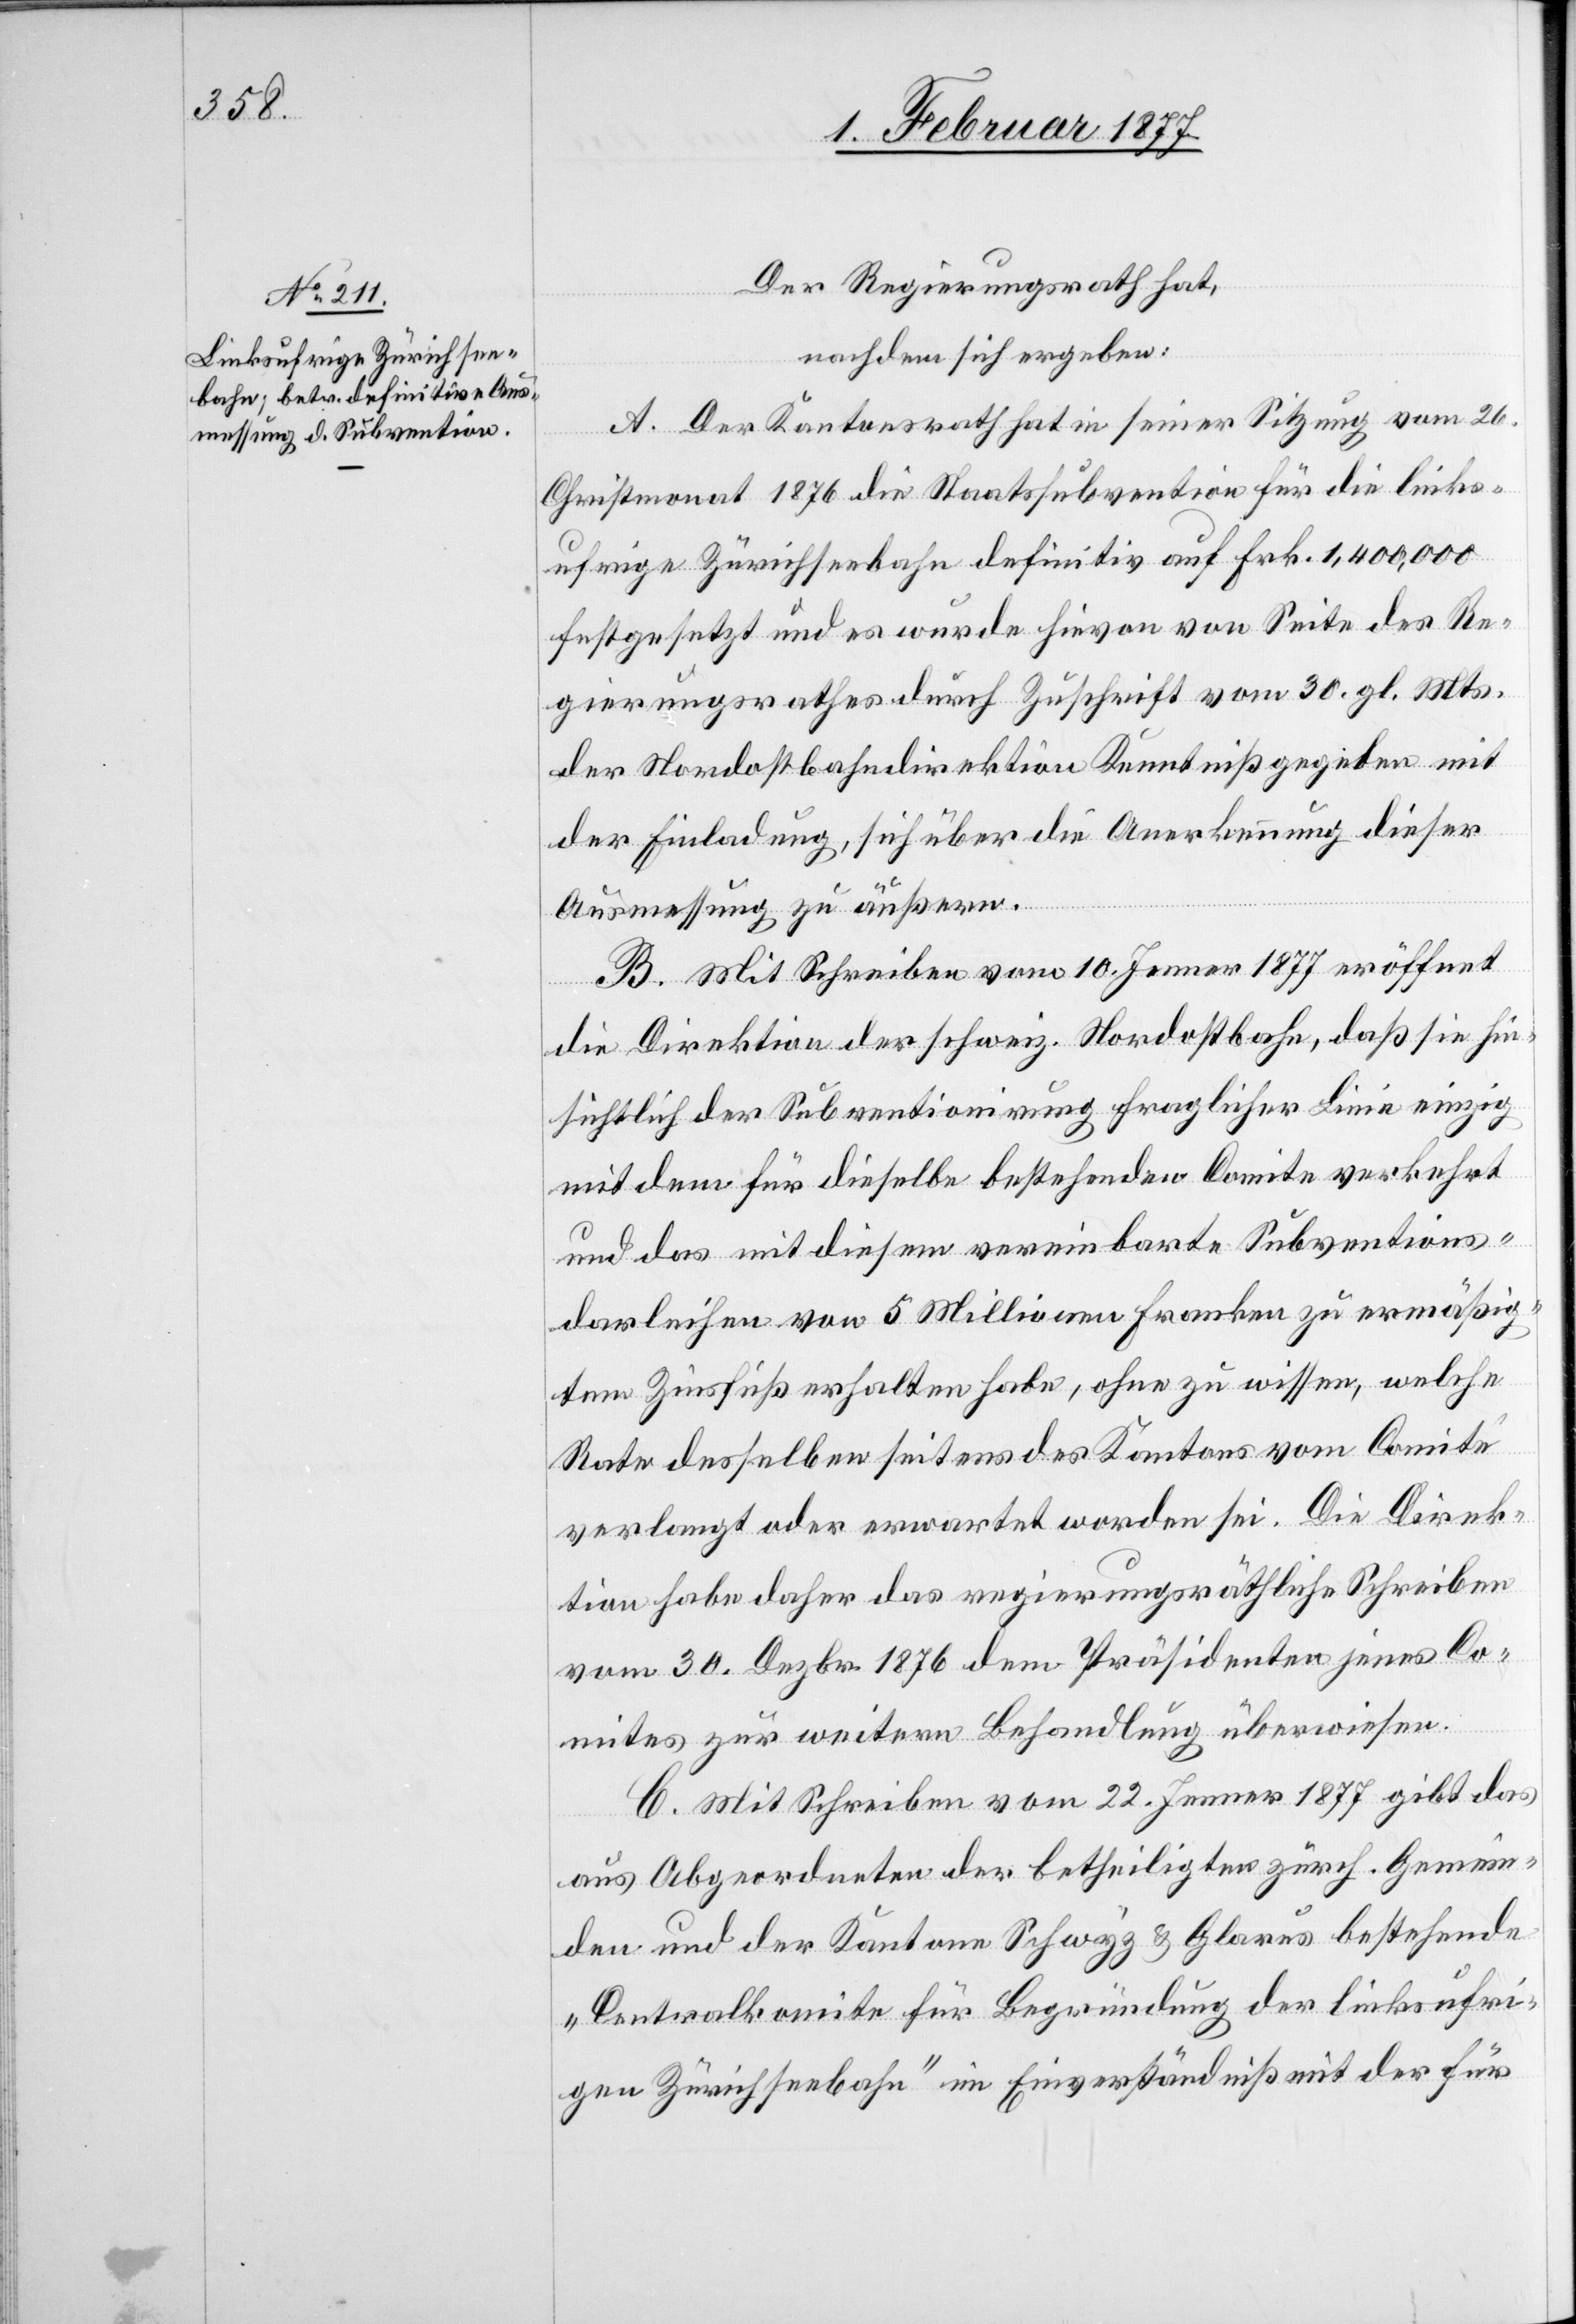
Der Regierungsrath hat,
nachdem sich ergeben:
A. Der Kantonsrath hat in seiner Sitzung vom 26.
Christmonat 1876 die Staatssubvention für die links¬
ufrige Zürichseebahn definitiv auf Frk. 1,400,000
festgesetzt und es wurde hievon von Seite des Re¬
gierungsrathes durch Zuschrift vom 30. gl. Mts.
der Nordostbahndirektion Kenntniß gegeben mit
der Einladung, sich über die Anerkennung dieser
Ausmessung zu äußern.
B. Mit Schreiben vom 10. Jenner 1877 eröffnet
die Direktion der schweiz. Nordostbahn, daß sie hin¬
sichtlich der Subventionirung fraglicher Linie einzig
mit dem für dieselbe bestehenden Comite verkehrt
und das mit diesem vereinbarte Subventions¬
darleihen von 5 Millionen Franken zu ermäßig¬
tem Zinsfuß erhalten habe, ohne zu wissen, welche
Rate desselben seitens des Kantons vom Comite
verlangt oder erwartet worden sei. Die Direk¬
tion habe daher das regierungsräthliche Schreiben
vom 30. Dezbr. 1876 dem Präsidenten jenes Co¬
mites zur weitern Behandlung überwiesen.
C. Mit Schreiben vom 22. Jenner 1877 gibt das
aus Abgeordneten der betheiligten zürch. Gemein¬
den und der Kantone Schwyz & Glarus bestehende
„Centralkomite für Begründung der linksufri¬
gen Zürichseebahn“ im Einverständniß mit der für